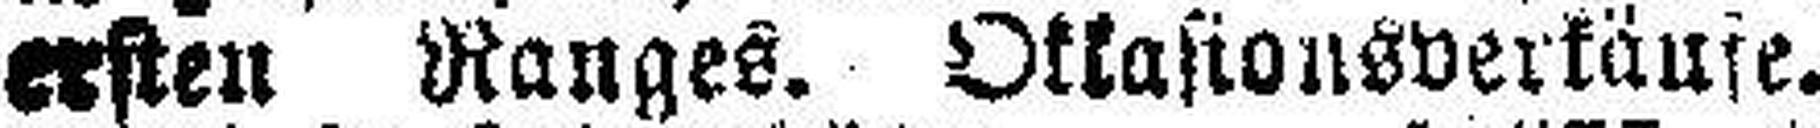
ersten Ranges. Okkasionsverkäufe.